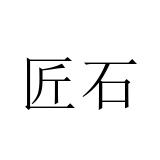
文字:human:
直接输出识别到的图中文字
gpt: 匠石